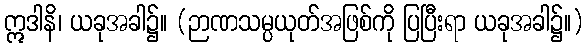
ဣဒါနိ၊ ယခုအခါ၌။ (ဉာဏသမ္ပယုတ်အဖြစ်ကို ပြပြီးရာ ယခုအခါ၌။)